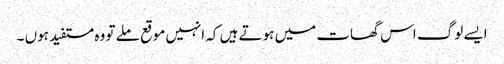
ایسے لوگ اس گھات میں ہوتے ہیں کہ انہیں موقع ملے تو وہ مستفید ہوں ۔